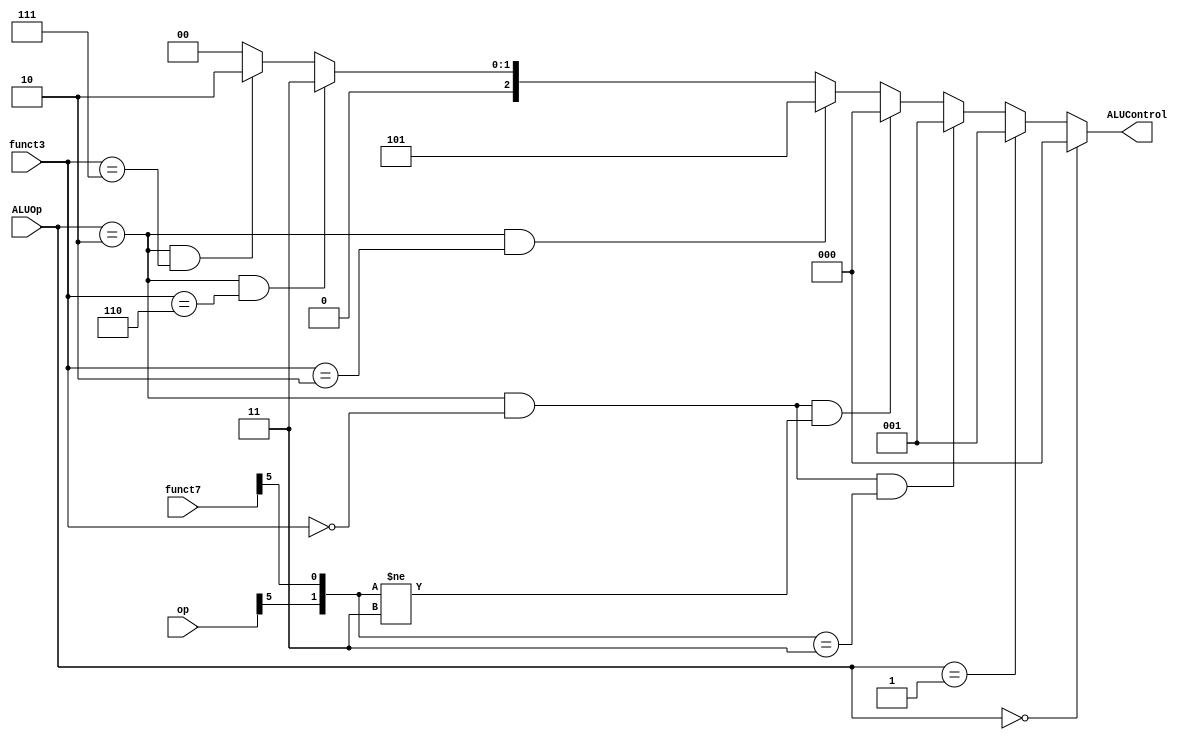
// Copyright 2023 MERL-DSU

//    Licensed under the Apache License, Version 2.0 (the "License");
//    you may not use this file except in compliance with the License.
//    You may obtain a copy of the License at

//        http://www.apache.org/licenses/LICENSE-2.0

//    Unless required by applicable law or agreed to in writing, software
//    distributed under the License is distributed on an "AS IS" BASIS,
//    WITHOUT WARRANTIES OR CONDITIONS OF ANY KIND, either express or implied.
//    See the License for the specific language governing permissions and
//    limitations under the License.

module ALU_Decoder(ALUOp,funct3,funct7,op,ALUControl);

    input [1:0]ALUOp;
    input [2:0]funct3;
    input [6:0]funct7,op;
    output [2:0]ALUControl;

    // Method 1 
    // assign ALUControl = (ALUOp == 2'b00) ? 3'b000 :
    //                     (ALUOp == 2'b01) ? 3'b001 :
    //                     (ALUOp == 2'b10) ? ((funct3 == 3'b000) ? ((({op[5],funct7[5]} == 2'b00) | ({op[5],funct7[5]} == 2'b01) | ({op[5],funct7[5]} == 2'b10)) ? 3'b000 : 3'b001) : 
    //                                         (funct3 == 3'b010) ? 3'b101 : 
    //                                         (funct3 == 3'b110) ? 3'b011 : 
    //                                         (funct3 == 3'b111) ? 3'b010 : 3'b000) :
    //                                        3'b000;

    // Method 2
    assign ALUControl = (ALUOp == 2'b00) ? 3'b000 :
                        (ALUOp == 2'b01) ? 3'b001 :
                        ((ALUOp == 2'b10) & (funct3 == 3'b000) & ({op[5],funct7[5]} == 2'b11)) ? 3'b001 : 
                        ((ALUOp == 2'b10) & (funct3 == 3'b000) & ({op[5],funct7[5]} != 2'b11)) ? 3'b000 : 
                        ((ALUOp == 2'b10) & (funct3 == 3'b010)) ? 3'b101 : 
                        ((ALUOp == 2'b10) & (funct3 == 3'b110)) ? 3'b011 : 
                        ((ALUOp == 2'b10) & (funct3 == 3'b111)) ? 3'b010 : 
                                                                  3'b000 ;
endmodule